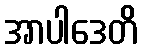
အာပါဒေတိ